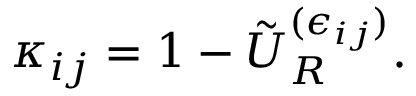
\kappa _ { i j } = 1 - \tilde { U } _ { R } ^ { ( \epsilon _ { i j } ) } .